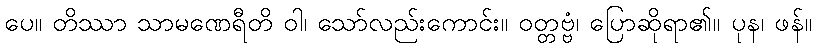
ပေ။ တိဿာ သာမဏေရီတိ ဝါ၊ သော်လည်းကောင်း။ ဝတ္တဗ္ဗံ၊ ပြောဆိုရာ၏။ ပုန၊ ဖန်။